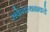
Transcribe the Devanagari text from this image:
संकेतस्थळाकडे